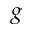
g